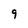
Character: 9